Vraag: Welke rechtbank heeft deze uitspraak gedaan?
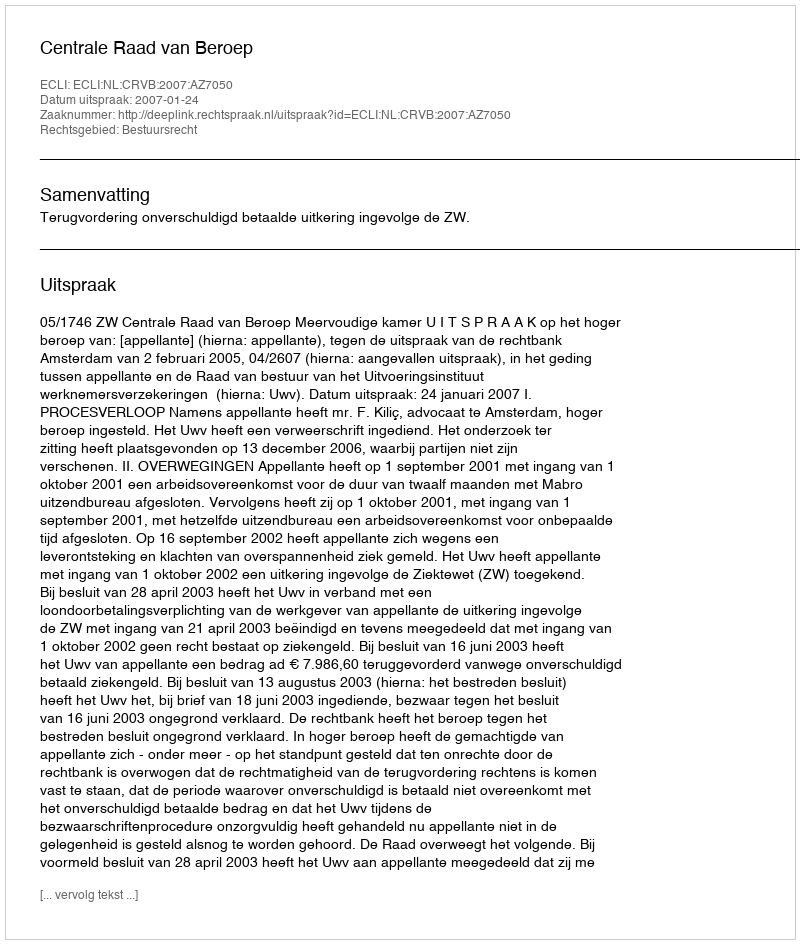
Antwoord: Centrale Raad van Beroep